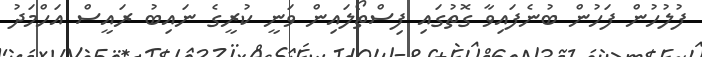
ފުލުހުން ފަހުން ބުނެފައިވާ ގޮތުގައި ފިސްތޯލައިން ވަނީ ކުރީގެ ނައިބު ރައީސް އަހްމަދު